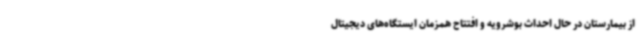
از بیمارستان در حال احداث بوشرویه و افتتاح همزمان ایستگاه‌های دیجیتال